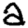
Digit: 2